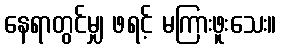
နေရာတွင်မျှ ဖရင့် မကြားဖူးသေး။